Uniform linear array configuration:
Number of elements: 32
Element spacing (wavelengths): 0.5
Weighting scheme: binomial
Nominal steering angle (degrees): -15
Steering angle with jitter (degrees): -14.019
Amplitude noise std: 0.05
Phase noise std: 0.05

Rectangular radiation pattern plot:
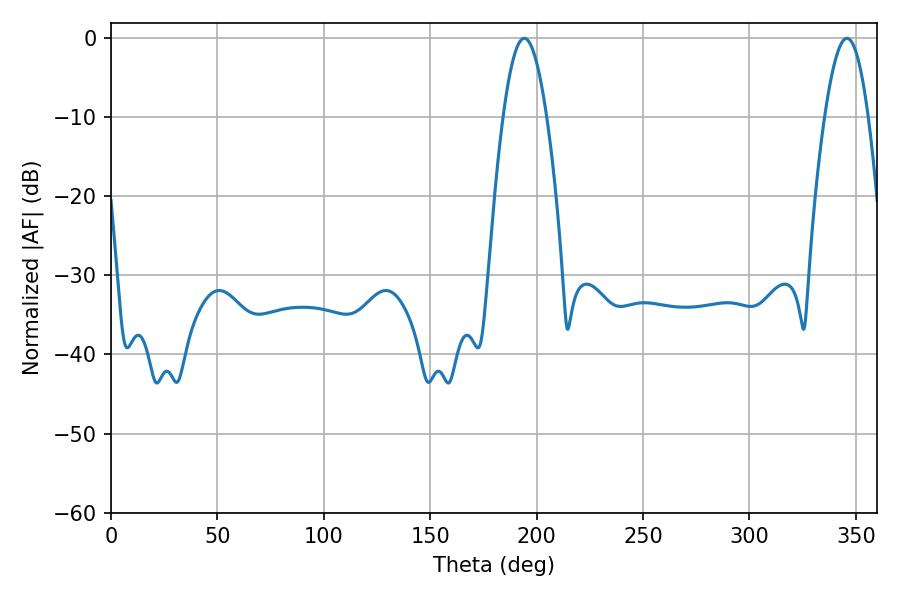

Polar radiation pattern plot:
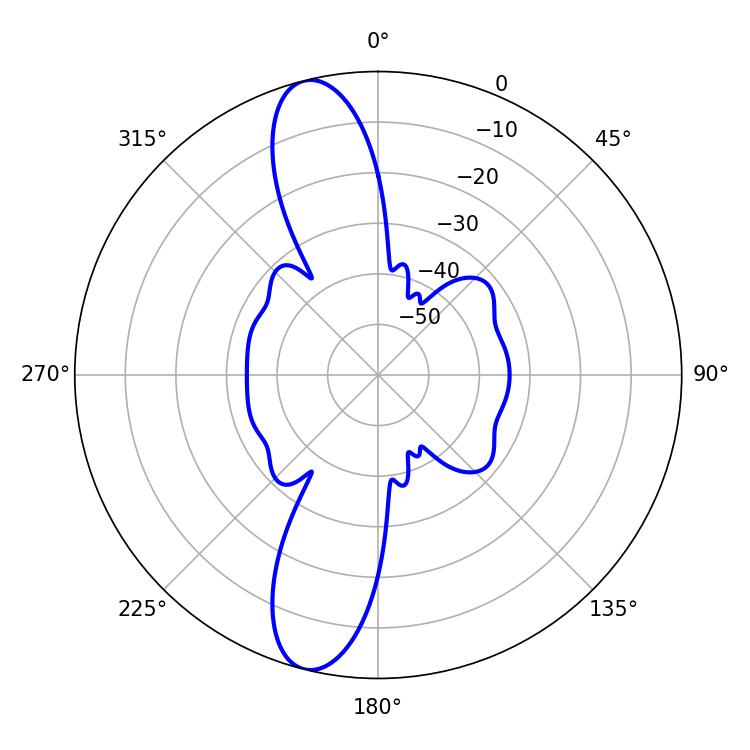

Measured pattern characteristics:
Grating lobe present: FALSE
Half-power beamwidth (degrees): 11.16
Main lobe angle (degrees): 194.22